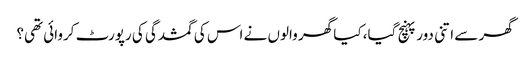
گھر سے اتنی دور پہنچ گیا، کیا گھر والوں نے اس کی گمشدگی کی رپورٹ کروائی تھی؟